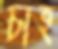
চাহ